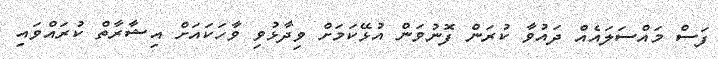
ފަސް މައްސަލައެއް ދައުވާ ކުރަން ފޮނުވަން އުޅޭކަމަށް ވިދާޅުވި ވާހަކައަށް އިޝާރާތް ކުރައްވައި